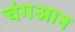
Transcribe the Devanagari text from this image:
चंगआन